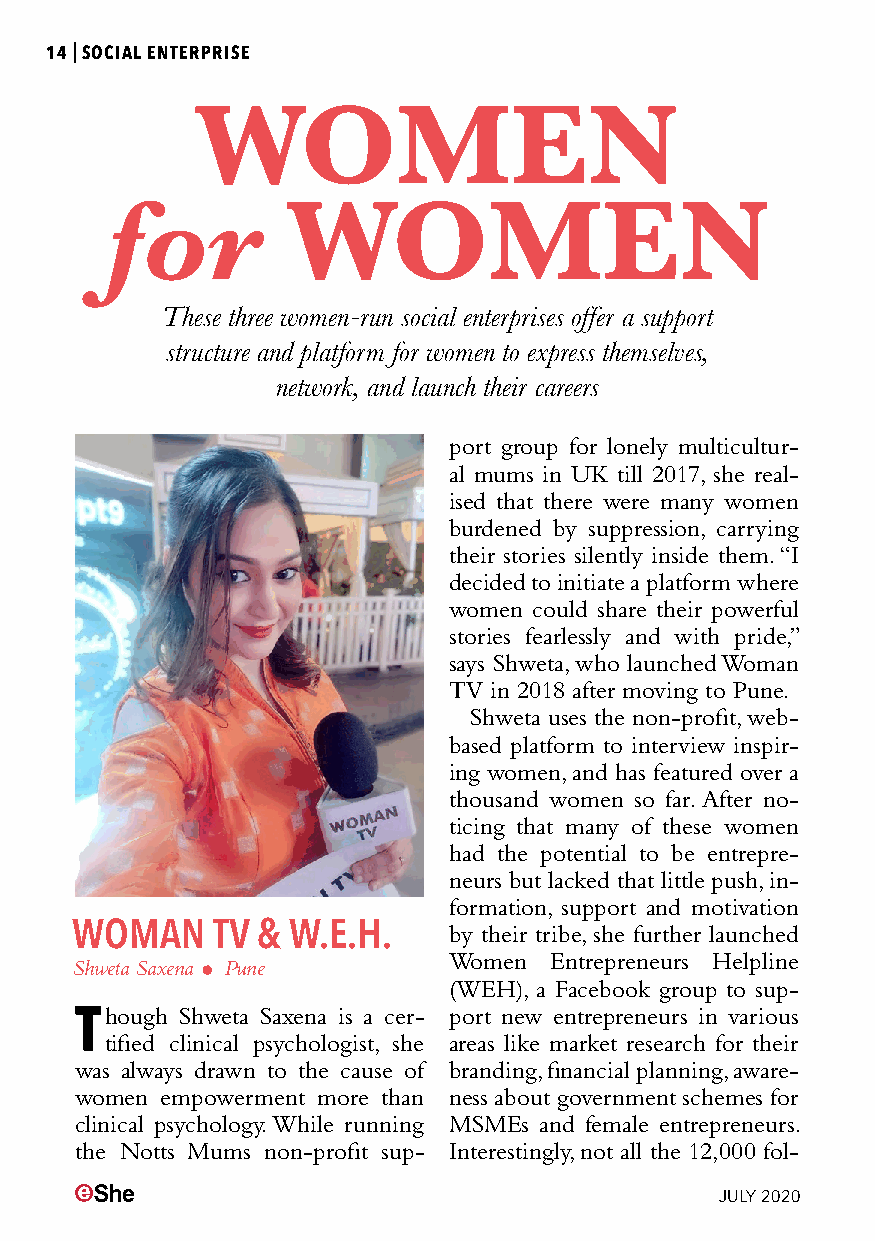
14|SOCIAL ENTERPRISE
 WOMEN
 for         WOMEN
 These three women-run social enterprises offer a support
 structure and platform for women to express themselves,
 network, and launch their careers
 port group for lonely multicultur-
 al mums in UK till 2017, she real-
 ised that there were many women
 burdened by suppression, carrying
 their stories silently inside them. “I
 decided to initiate a platform where
 women could share their powerful
 stories fearlessly and with pride,”
 says Shweta, who launched Woman
 TV in 2018 after moving to Pune.
 Shweta uses the non-profit, web-
 based platform to interview inspir-
 ing women, and has featured over a
 thousand women so far. After no-
 ticing that many of these women
 had the potential to be entrepre-
 neurs but lacked that little push, in-
 formation, support and motivation
 WOMAN    TV & W.E.H.     by their tribe, she further launched
 Women Entrepreneurs Helpline
 Shweta Saxena  Pune
 (WEH), a Facebook group to sup-
 Though Shweta Saxena is a cer- port new entrepreneurs in various
 tified clinical psychologist, she areas like market research for their
 was always drawn to the cause of branding, financial planning, aware-
 women empowerment more than ness about government schemes for
 clinical psychology. While running MSMEs and female entrepreneurs.
 the Notts Mums non-profit sup- Interestingly, not all the 12,000 fol-
 JULY 2020